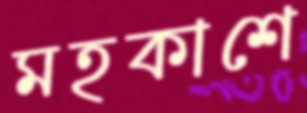
মহকাশে